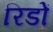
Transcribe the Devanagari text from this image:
रिडों